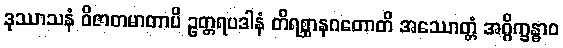
ဒုဿာသနံ ဝိဇာတမာတာပိ ဥတ္တရပဒါနံ တိရစ္ဆာနဂတောတိ အဿောတ္တံ အဂ္ဂိက္ခန္ဓာဝ